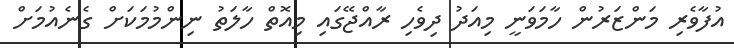
އުފާވެރި މަންޒަރުން ހާމަވަނީ މިއަދު ދިވެހި ރާއްޖޭގައި މިއޮތް ހާލަތު ނިންމުމަކަށް ގެނެއުމަށް